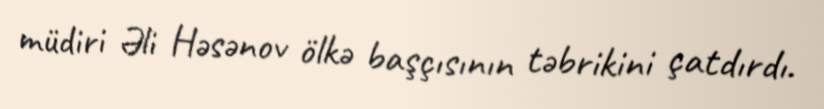
müdiri Əli Həsənov ölkə başçısının təbrikini çatdırdı.